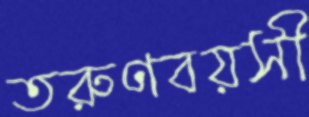
তরুণবয়সী